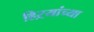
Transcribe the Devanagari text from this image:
हिऱ्यांच्या